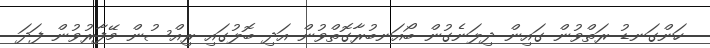
ހަންގަނޑު ރަތްވުން ގައިން ދިލަނެގުން ބޯއަނބުރާގޮތްވުން އަދި ބޮލުގައި ރިއްސުން މޭފާރުވުން ފަދަ